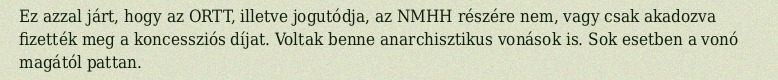
Ez azzal járt, hogy az ORTT, illetve jogutódja, az NMHH részére nem, vagy csak akadozva fizették meg a koncessziós díjat. Voltak benne anarchisztikus vonások is. Sok esetben a vonó magától pattan.